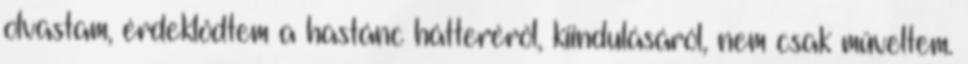
olvastam, érdeklődtem a hastánc hátteréről, kiindulásáról, nem csak műveltem.